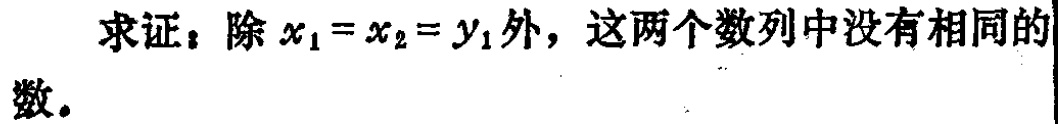
求证：除$x_{1}=x_{2}=y_{1}$外，这两个数列中没有相同的数。